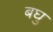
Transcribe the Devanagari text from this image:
बघु